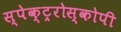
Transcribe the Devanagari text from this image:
स्पेक्ट्ररोस्कोपी